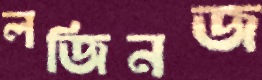
লজিনজ